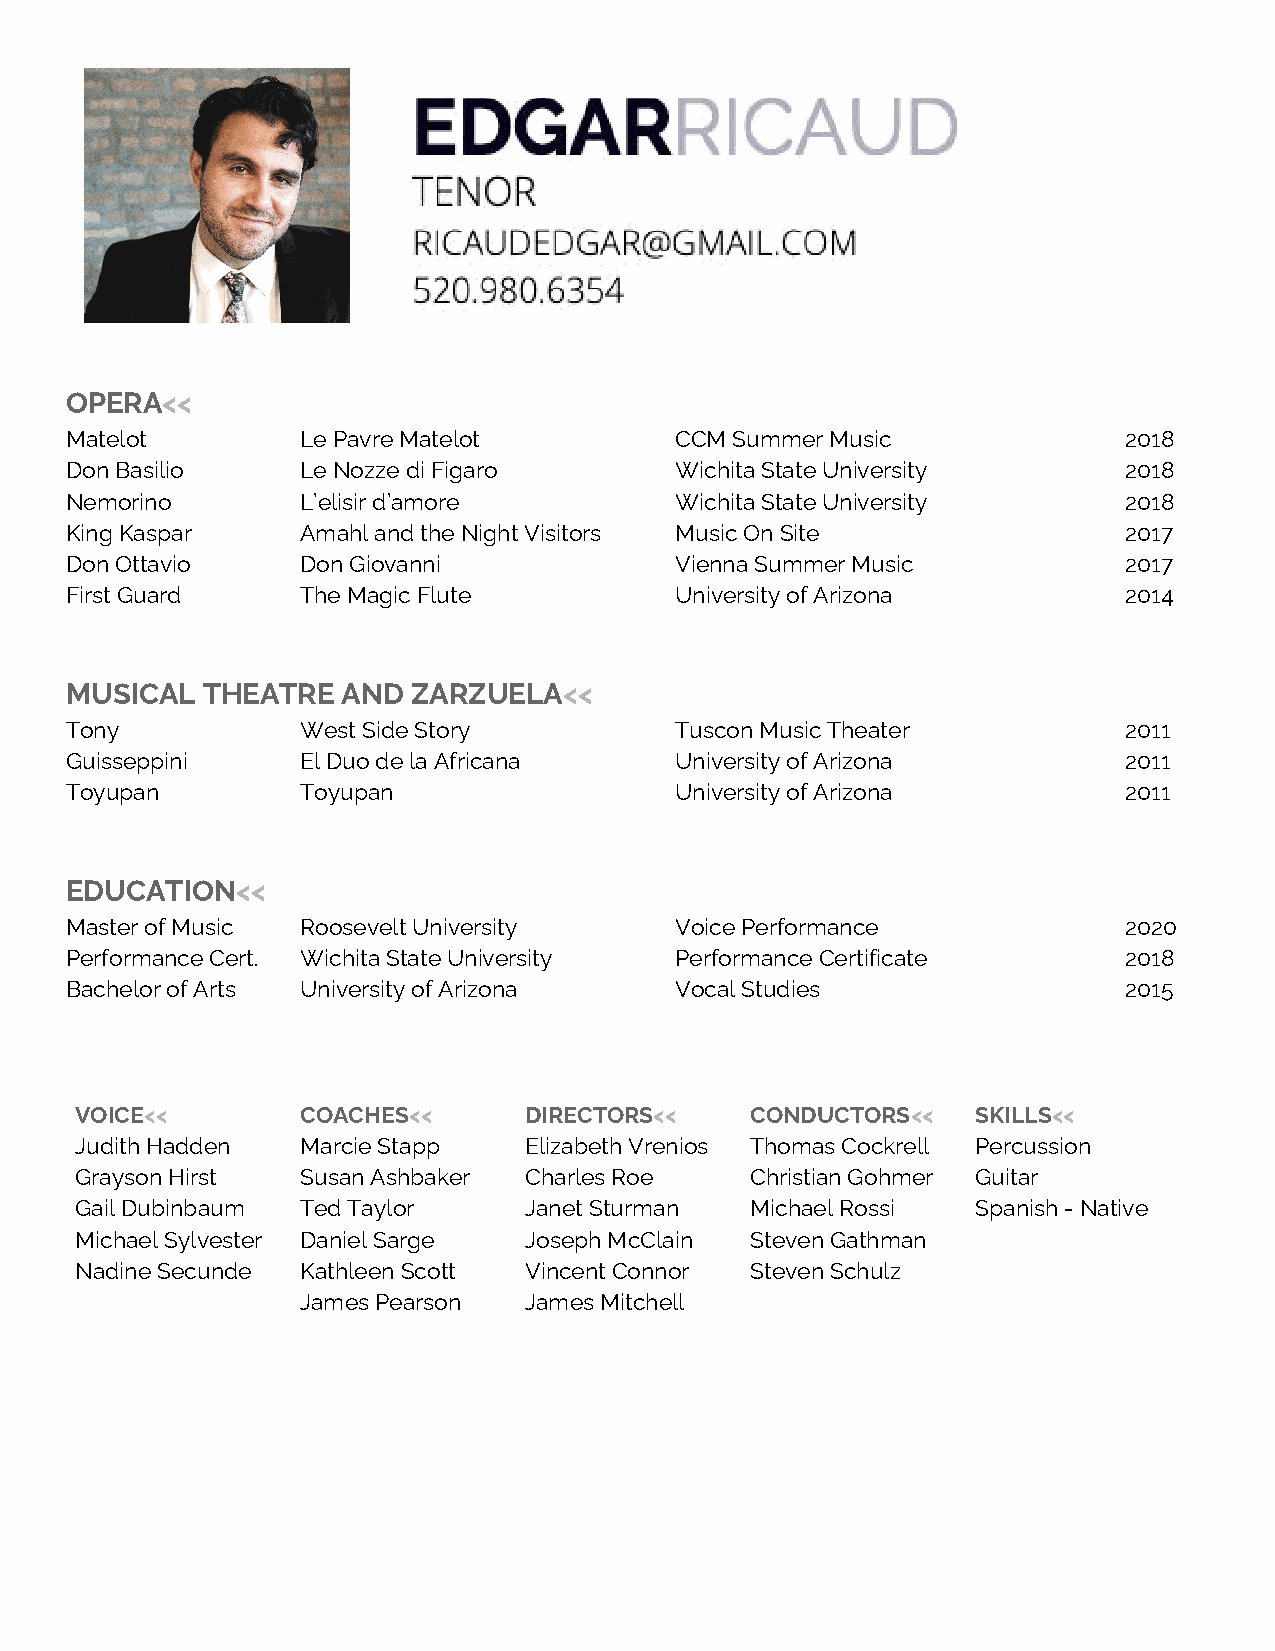
OPERA​<<
 Matelot         Le Pavre Matelot         CCM Summer Music             2018
 Don Basilio     Le Nozze di Figaro       Wichita State University     2018
 Nemorino        L’elisir d’amore         Wichita State University     2018
 King Kaspar     Amahl and the Night Visitors Music On Site            2017
 Don Ottavio     Don Giovanni             Vienna Summer Music          2017
 First Guard     The Magic Flute          University of Arizona        2014
 MUSICAL  THEATRE   AND ZARZUELA<​ <
 Tony            West Side Story          Tuscon Music Theater         2011
 Guisseppini     El Duo de la Africana    University of Arizona        2011
 Toyupan         Toyupan                  University of Arizona        2011
 EDUCATION<​  <
 Master of Music Roosevelt University     Voice Performance            2020
 Performance Cert. Wichita State University Performance Certificate    2018
 Bachelor of Arts University of Arizona   Vocal Studies                2015
 VOICE​<<       COACHES​<<     DIRECTORS​<<   CONDUCTORS<​ < SKILLS<​ <
 Judith Hadden  Marcie Stapp   Elizabeth Vrenios Thomas Cockrell Percussion
 Grayson Hirst  Susan Ashbaker Charles Roe    Christian Gohmer Guitar
 Gail Dubinbaum Ted Taylor     Janet Sturman  Michael Rossi  Spanish - Native
 Michael Sylvester Daniel Sarge Joseph McClain Steven Gathman
 Nadine Secunde Kathleen Scott Vincent Connor Steven Schulz
 James Pearson  James Mitchell